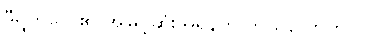
ဒီရွက်လှေ၏ အမြင့်ဆုံးအရှိန်က ဘယ်လောက်လဲ။